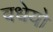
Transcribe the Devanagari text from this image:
वधेयो